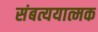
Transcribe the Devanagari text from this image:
संबत्ययात्मक